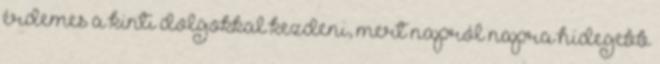
érdemes a kinti dolgokkal kezdeni, mert napról napra hidegebb